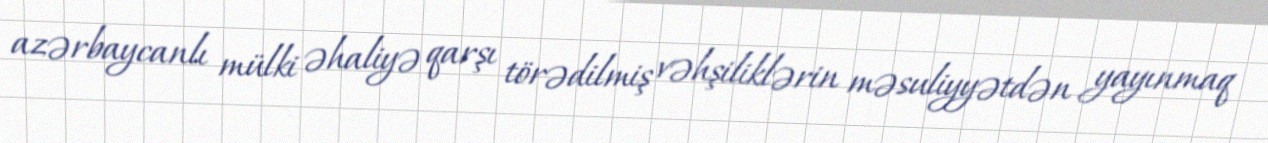
azərbaycanlı mülki əhaliyə qarşı törədilmiş vəhşiliklərin məsuliyyətdən yayınmaq